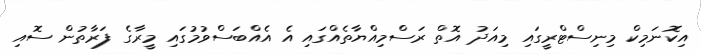
އިކޮނަމިކް މިނިސްޓްރީގައި މިއަދު އޮތް ރަސްމިއްޔާތެއްގައި އެ އެއްބަސްވުމުގައި މީރާގެ ފަރާތުން ސޮއި